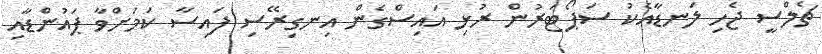
ޗެލްސީ ޖެހި ލަނޑާއެކު ސަޕޯޓަރުން ރުޅި އައިސްގެން އިނގިރޭސި ފައިސާ ކަމަށްވާ ޕައުންޑާއި